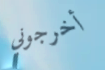
أخرجوني